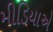
મીડિયાએ